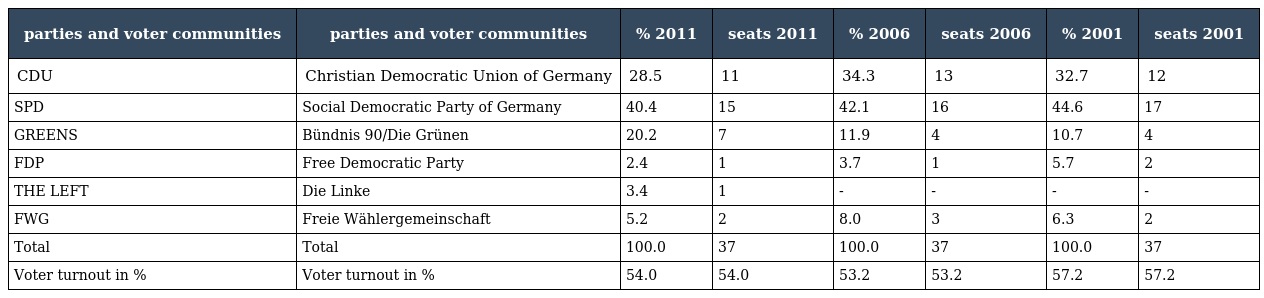
| parties and voter communities | parties and voter communities | % 2011 | seats 2011 | % 2006 | seats 2006 | % 2001 | seats 2001 |
 | --- | --- | --- | --- | --- | --- | --- | --- |
 | CDU | Christian Democratic Union of Germany | 28.5 | 11 | 34.3 | 13 | 32.7 | 12 |
 | SPD | Social Democratic Party of Germany | 40.4 | 15 | 42.1 | 16 | 44.6 | 17 |
 | GREENS | Bündnis 90/Die Grünen | 20.2 | 7 | 11.9 | 4 | 10.7 | 4 |
 | FDP | Free Democratic Party | 2.4 | 1 | 3.7 | 1 | 5.7 | 2 |
 | THE LEFT | Die Linke | 3.4 | 1 | - | - | - | - |
 | FWG | Freie Wählergemeinschaft | 5.2 | 2 | 8.0 | 3 | 6.3 | 2 |
 | Total | Total | 100.0 | 37 | 100.0 | 37 | 100.0 | 37 |
 | Voter turnout in % | Voter turnout in % | 54.0 | 54.0 | 53.2 | 53.2 | 57.2 | 57.2 |